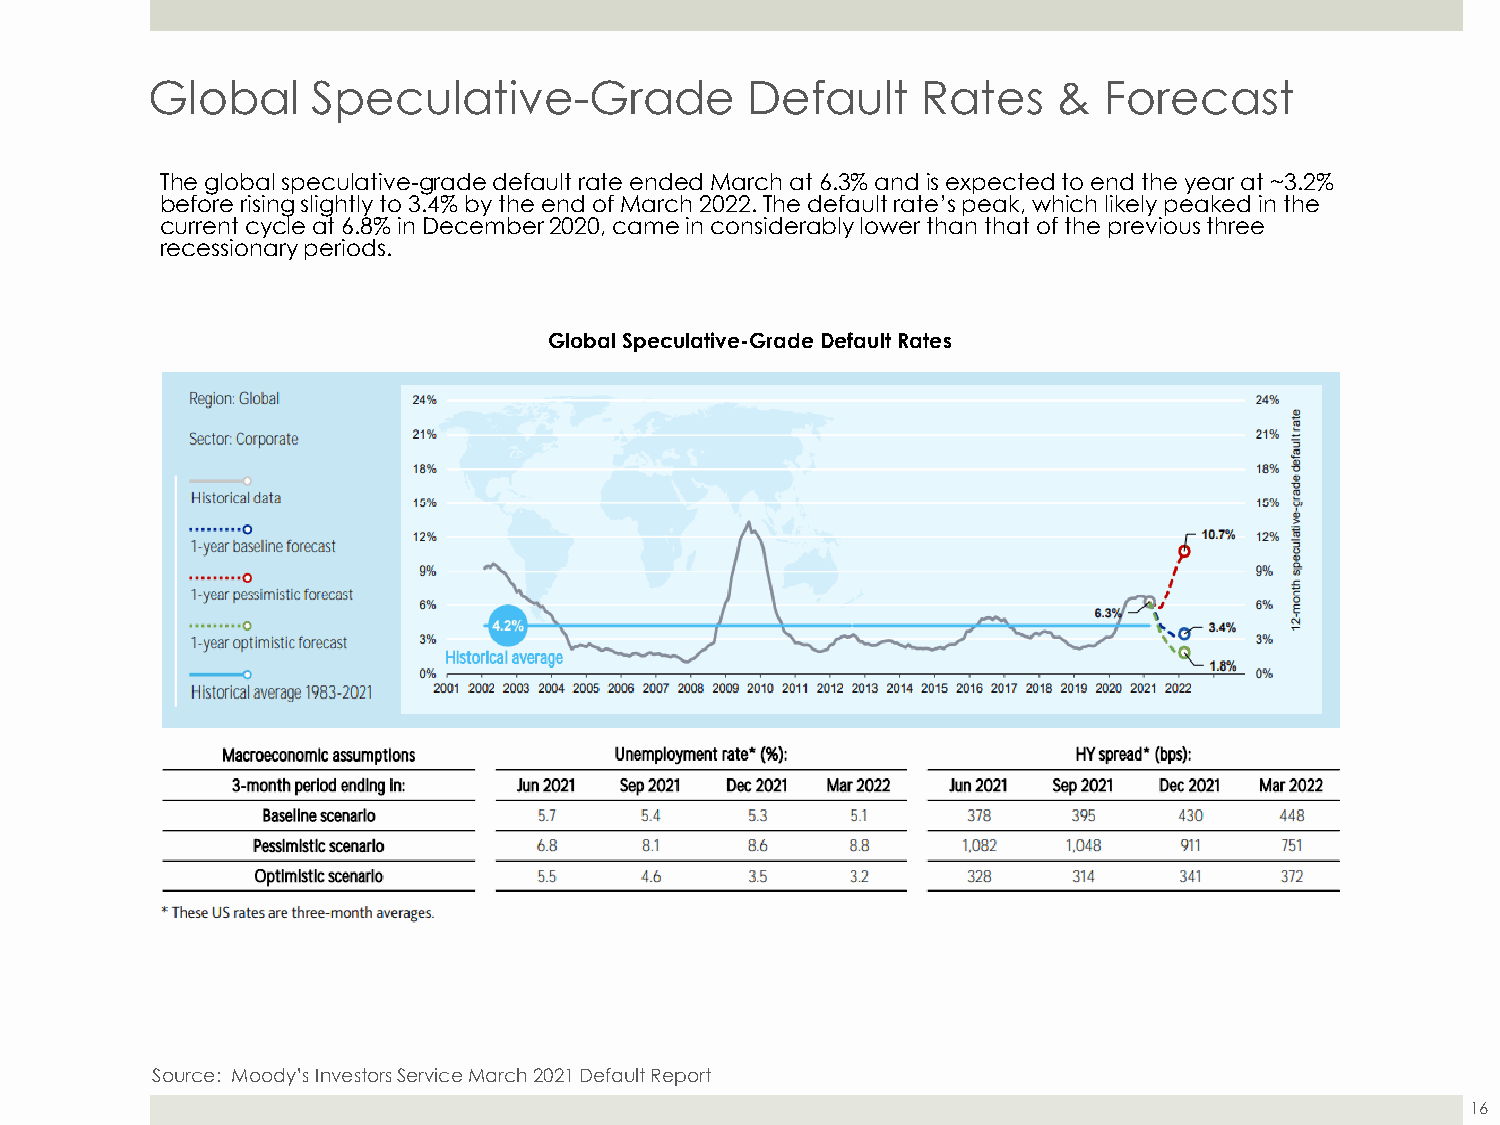
Global     Speculative-Grade           Default     Rates    &  Forecast
 The global speculative-grade default rate ended March at 6.3% and is expected to end the year at ~3.2%
 before rising slightly to 3.4% by the end of March 2022. The default rate’s peak, which likely peaked in the
 current cycle at 6.8% in December 2020, came in considerably lower than that of the previous three
 recessionary periods.
 Global Speculative-Grade Default Rates
 Source: Moody’s Investors Service March 2021 Default Report
 16